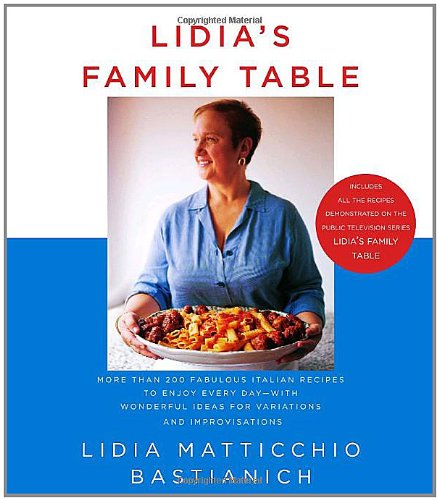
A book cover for Lidia's Family Table: More Than 200 Fabulous Recipes to Enjoy Every Day-With Wonderful Ideas for Variations and Improvisations; Lidia Matticchio Bastianich; Cookbooks, Food & Wine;